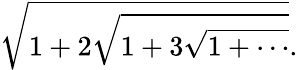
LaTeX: {\sqrt{1+2{\sqrt{1+3{\sqrt{1+\cdots}}}}}}.